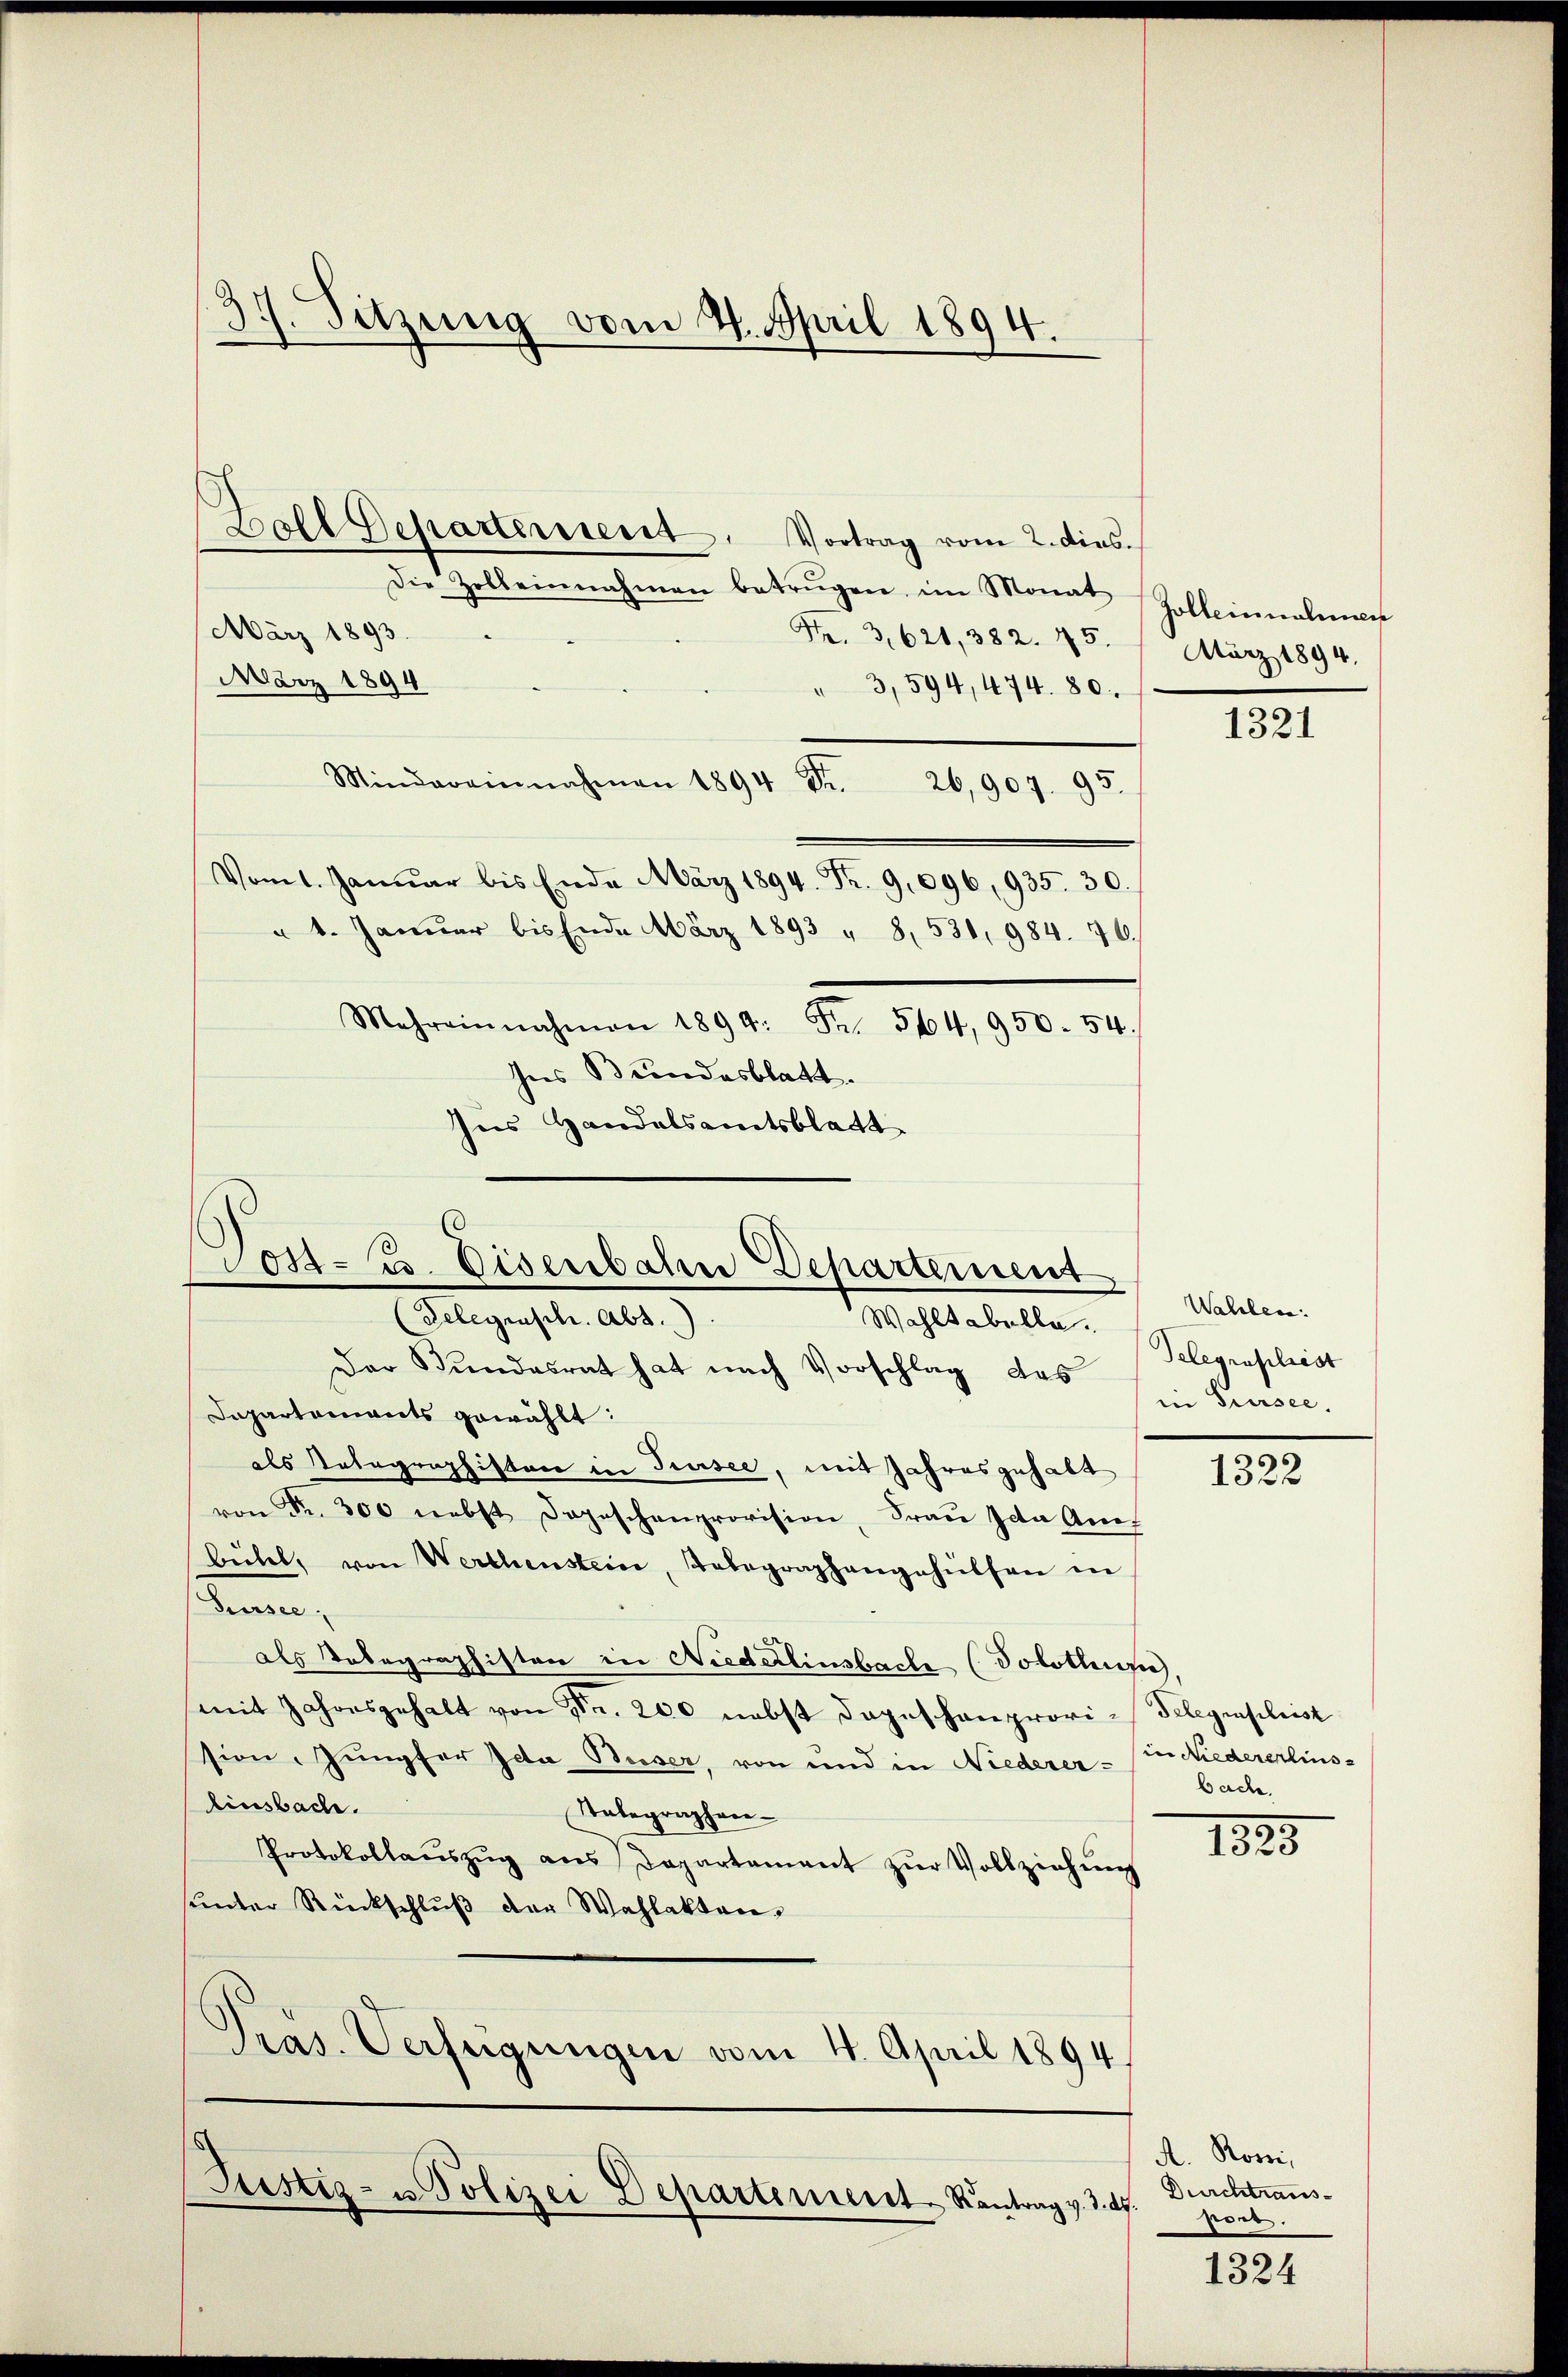
d
7. Sitzung vom 4. April 1894.

Hall Departement. Vortrag vom 2. dies.
Die Zolleinnahmen betrügen im Monat Galleinnahmen
März 1893.
Fr. 3, 621, 382. 45.
März 1894
" 3,594, 474. 80.
Mindereinnahmen 1894 Fr. 26,907. 95.
Vom 1. Januar bis Ende März 1894. Fr. 9,096, 935. 30.
" 1. Januar bis Ende März 1893 " 8, 531, 984. 76.
Mehreinnahmen 1899: Fr. 5104, 950. 54.
Ins Bundesblatt.
Ins Handelsamtsblatt

Post- u. Eisenbahn Departement

(Gelegrasch. Abs.
Wahltabelle.
Der Bundesrat hat nach Vorschlag das
Departaments gewählt:
als Tatographistor in Sursee, mit Jahresgehalt
von Fr. 300 nebst Depeschenprovision, Frau Ida Am
bühel, von Werthenstein, Telegraphangehülfen in
Sursee,
als Telegraphisten in Niederlinsbache (Solothur,
(mit Jahresgehalt von Nr. 200 nebst dageschenprovi-Telegraphist
sion Jungfer Ida Buser, von und in Niederer - in Niedererlinslinsbach.
Telegraphen-
Protokollaŭszŭg ans Departament zŭr Vollziehŭng
sunter Rückschluß der Wahlakten.
Pras. Verfügungen vom 4. April 1894

Justiz- u Polizei Departement Kantrag v. d. d.

März 1894.

1321

Wahlen:
Telegraschest
in Sursee.

1322

bache.

1825

A. Rosi,
Durchtrausptort.

1324